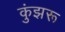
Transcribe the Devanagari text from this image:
कुंझरू